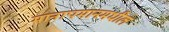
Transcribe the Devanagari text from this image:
मानापमानमधील